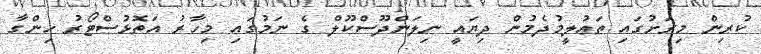
ކުރިން މިރަށުގައި ތަޢުލީމުދެމުން ދިޔައީ ނިލަންދޫސްކޫލް ގެ ނަމުގައި މިހާރު އަތޮޅުސްޓޯރު ހިންގާ